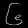
Digit: ၆